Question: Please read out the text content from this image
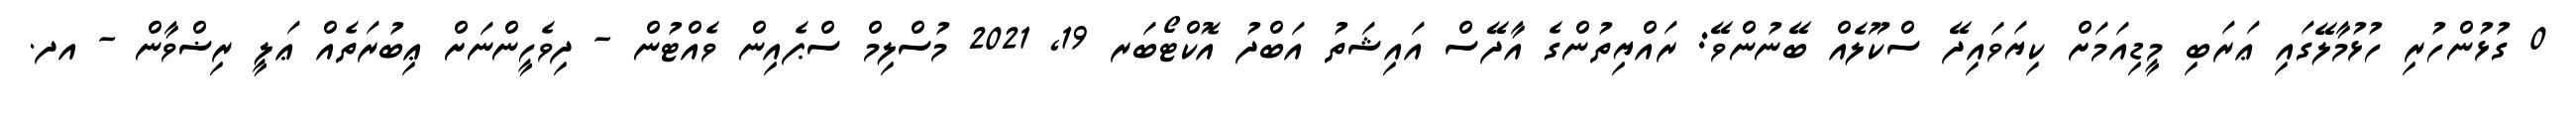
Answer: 0 ގުޅުންހުރި ހުޅުމާލޭގައި ޢަރަބި މީޑިއަމަށް ކިޔަވައިދޭ ސްކޫލެއް ބޭނުންވޭ: ރައްޔިތުންގެ އާދޭސް އައިޝަތު އަބްދު އޮކްޓޯބަރ 19, 2021 މުސްލިމް ސްޕެއިން ވެއްޓުން - ދިވެހީންނަށް ޢިބުރަތެއް ޢަލީ ރިޟްވާން - އދ.